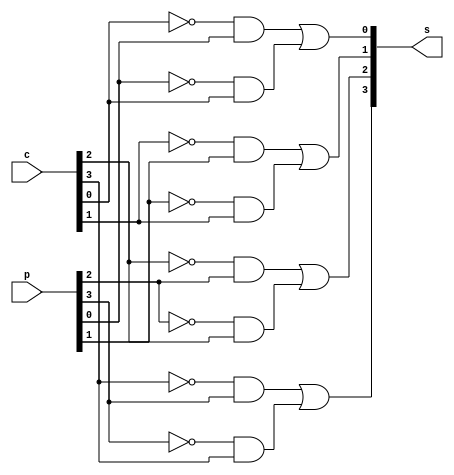
module calculateSum(input [3:0] p, c, output [3:0] s);
genvar i; 
for(i=0; i<4; i=i+1) begin 
assign s[i] =  ((~c[i])&p[i]) | ((~p[i])&c[i]);
end 
endmodule